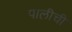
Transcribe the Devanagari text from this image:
पालीची